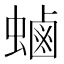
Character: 𮔶